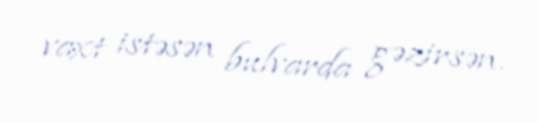
vaxt istəsən bulvarda gəzirsən.